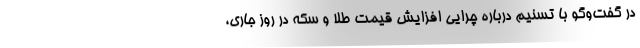
در گفت‌وگو با تسنیم درباره چرایی افزایش قیمت طلا و سکه در روز جاری،